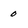
Character: 0